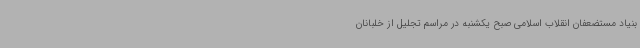
بنیاد مستضعفان انقلاب اسلامی صبح یکشنبه در مراسم تجلیل از خلبانان